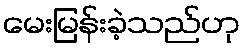
မေးမြန်းခဲ့သည်ဟု